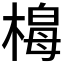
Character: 𭫟